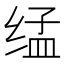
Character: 𰬨